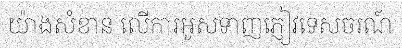
យ៉ាងសំខាន់ លើការអូសទាញភ្ញៀវទេសចរណ៍